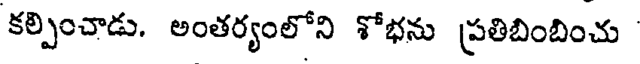
కల్పించాడు. అంతర్యంలోని శోభను ప్రతిబింబించు